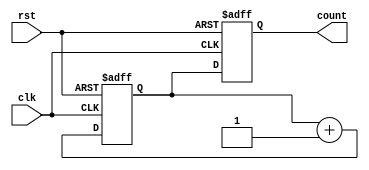
module gray_counter(
    input wire clk,
    input wire rst,
    output reg [3:0] count
);

reg [3:0] gray;

always @(posedge clk or posedge rst) begin
    if (rst) begin
        count <= 4'b0000;
        gray <= 4'b0000;
    end
    else begin
        count <= gray;
        gray <= gray + 1;
    end
end

endmodule